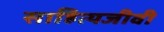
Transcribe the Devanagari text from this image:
साहित्यजीवी